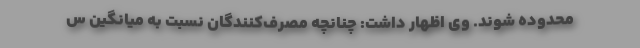
محدوده شوند. وی اظهار داشت: چنانچه مصرف‌کنندگان نسبت به میانگین س